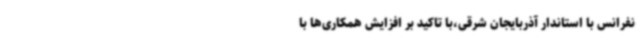
نفرانس با استاندار آذربایجان شرقی،با تاکید بر افزایش همکاری‌ها با